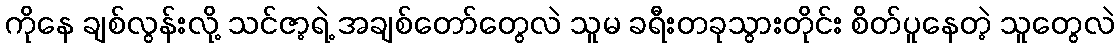
ကိုနေ ချစ်လွန်းလို့ သင်ဇာ့ရဲ့ အချစ်တော်တွေလဲ သူမ ခရီးတခုသွားတိုင်း စိတ်ပူနေတဲ့ သူတွေလဲ